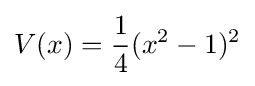
V(x)={1 \over 4}(x^{2}-1)^{2}